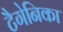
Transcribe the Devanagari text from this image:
टैगेनिका